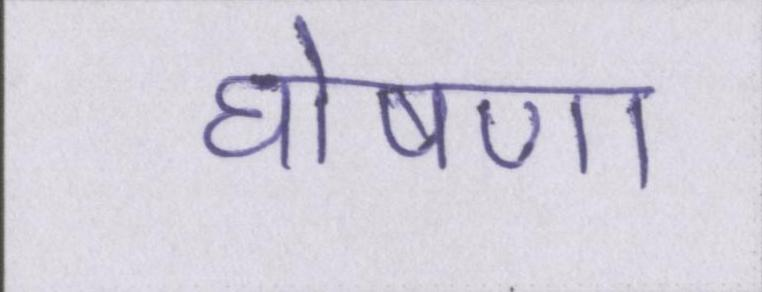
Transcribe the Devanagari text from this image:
घोषणा